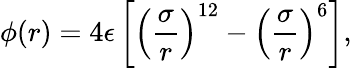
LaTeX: \phi(r)=4\epsilon\left[\left(\frac{\sigma}{r}\right)^{12}-\left(\frac{\sigma}{r}\right)^{6}\right],